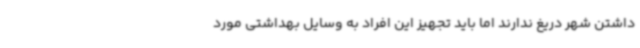
داشتن شهر دریغ ندارند اما باید تجهیز این افراد به وسایل بهداشتی مورد